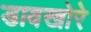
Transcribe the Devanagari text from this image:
डावखोरे